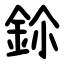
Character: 鉩